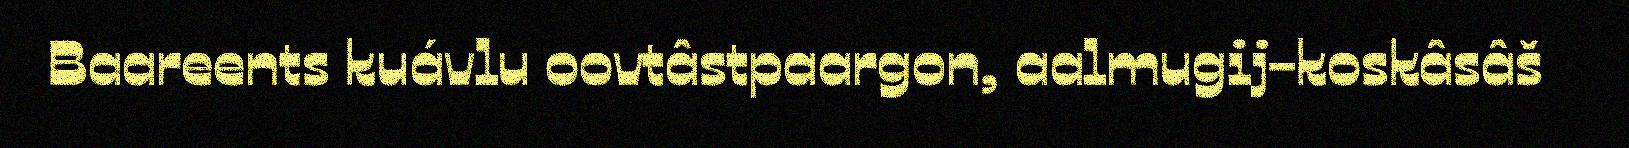
Baareents kuávlu oovtâstpaargon, aalmugij-koskâsâš